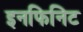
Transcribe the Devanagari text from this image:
इनफिनिट